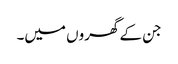
جن کے گھروں میں۔